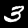
Digit: 3